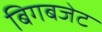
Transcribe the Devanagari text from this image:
बिगबजेट